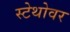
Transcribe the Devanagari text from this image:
स्टेथोवर